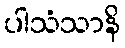
ပါသံသာနိ